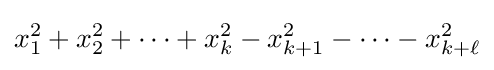
x_{1}^{2}+x_{2}^{2}+\cdots +x_{k}^{2}-x_{k+1}^{2}-\cdots -x_{k+\ell }^{2}